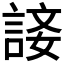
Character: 𧨐